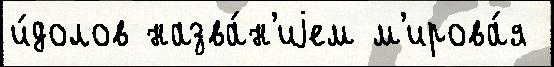
и́долов назва́н'иjем м'ирова́я